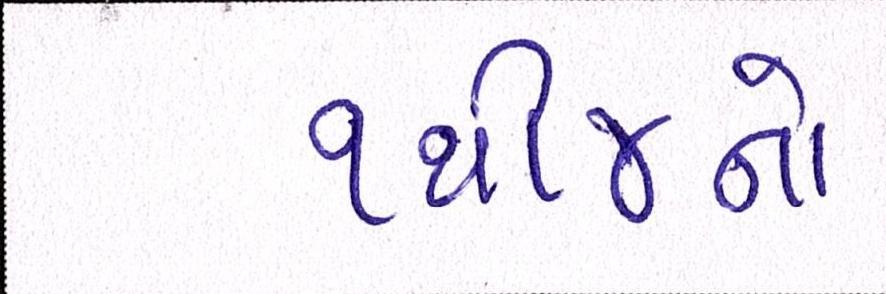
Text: ૧થી૪નો